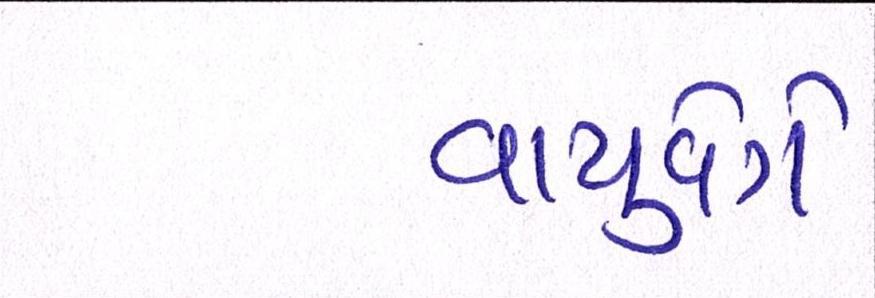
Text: વાયુવેગે